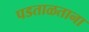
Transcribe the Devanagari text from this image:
पडताळताना